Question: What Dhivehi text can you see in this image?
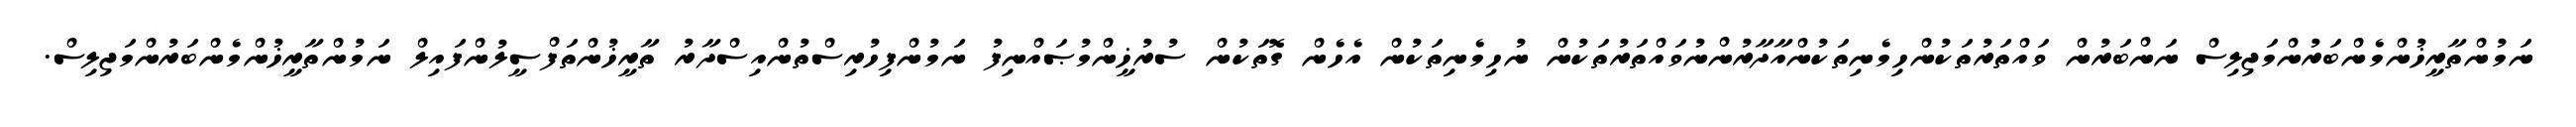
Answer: ނަމުންތާރީޚުންމެންބަރުންމަޖިލިސް ނަންބަރުން ވައްތަރުތަކުންހިމެނިތަކުންއާދާރުންނުވައްތަރުތަކުން ނުހިމެނިތަކުން އެހެން ގޮތަކުން ސުރުޚީންމުޞައްނިފު ނަމުންފިހުރިސްތުންއިސްދާރު ތާރީޚުންތަފްސީލުންފައިލް ނަމުންތާރީޚުންމެންބަރުންމަޖިލިސް.